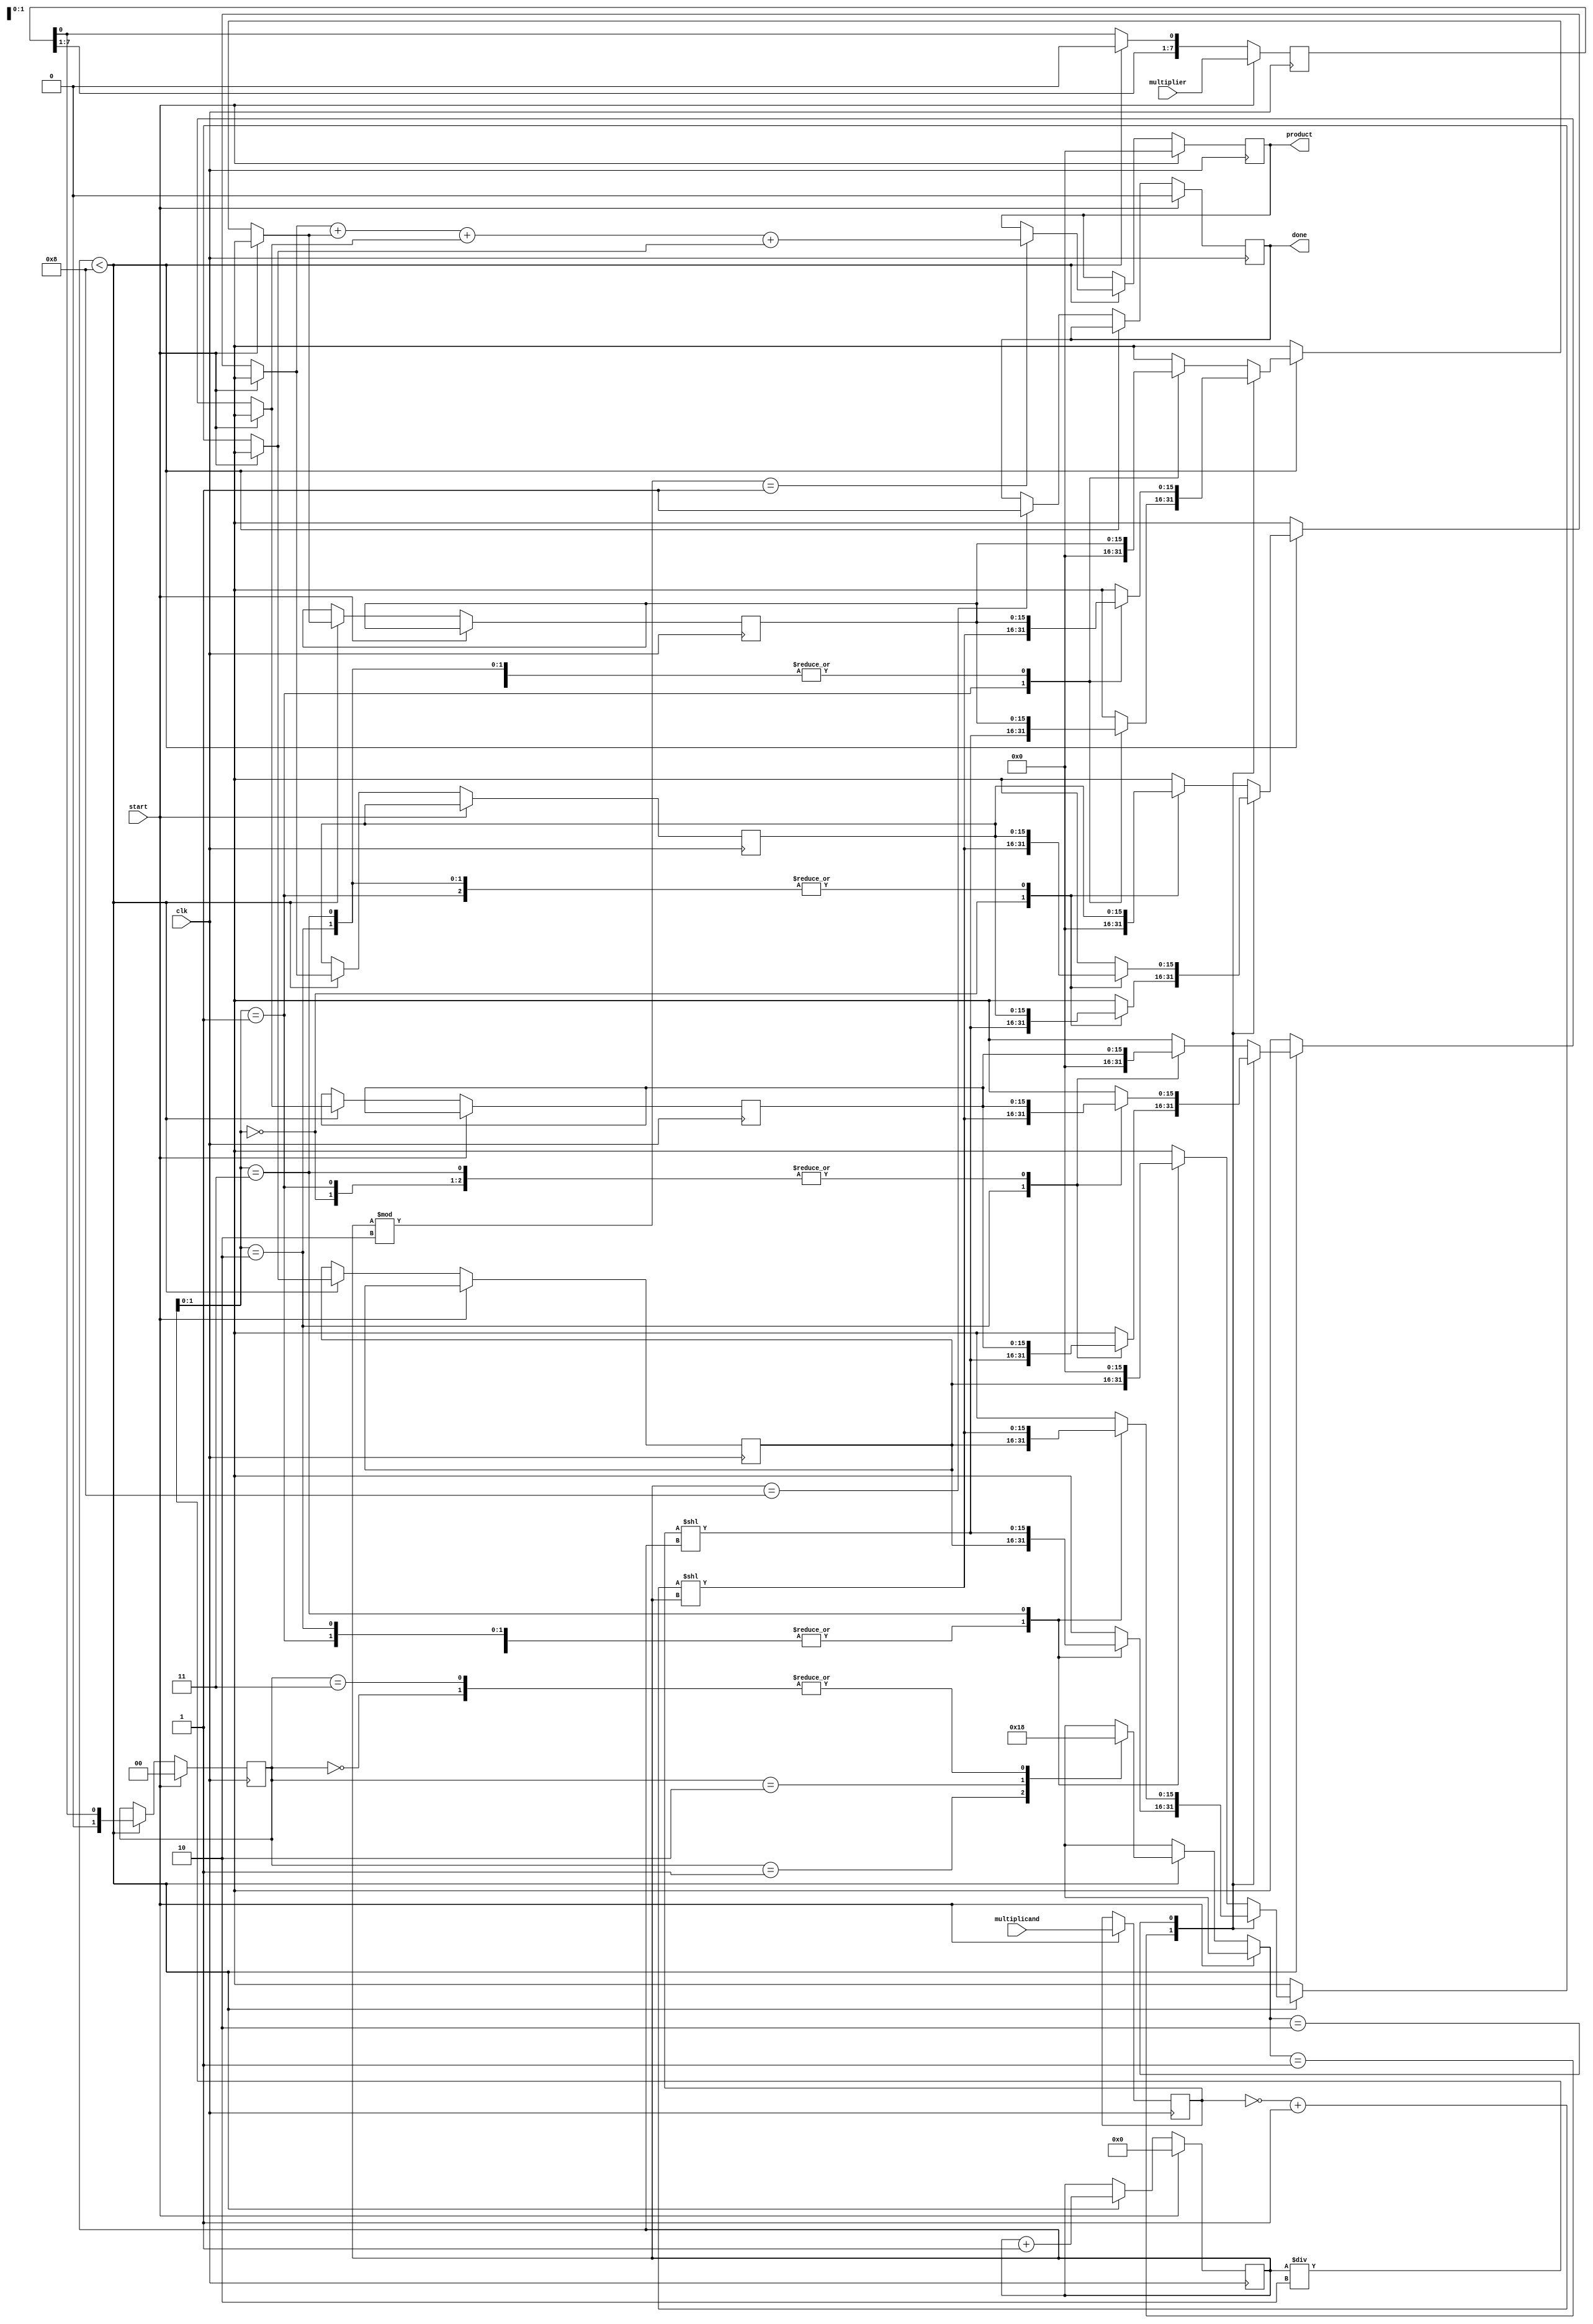
module radix4_multiplier (
    input [7:0] multiplicand, // 8-bit multiplicand
    input [7:0] multiplier,    // 8-bit multiplier
    input clk,
    input start,
    output reg [15:0] product, // 16-bit product
    output reg done
);

    // Internal signals
    reg [7:0] A, Q;           // A is the multiplicand, Q is the multiplier
    reg [3:0] count;          // Count for the number of iterations
    reg [1:0] Q_1;            // Previous bit of Q for Booth encoding
    
    // Partial product register
    reg [15:0] partial_products [0:3]; // At most 4 partial products based on Booth encoding
    reg [15:0] sum;                     // Sum of partial products

    // Booth encoder to generate a control signal
    function [1:0] booth_encode;
        input [1:0] bits;
        begin
            case (bits)
                2'b00: booth_encode = 2'b00; // No operation
                2'b01: booth_encode = 2'b01; // Add multiplicand
                2'b10: booth_encode = 2'b10; // Subtract multiplicand
                2'b11: booth_encode = 2'b00; // No operation
                default: booth_encode = 2'b00;
            endcase
        end
    endfunction

    // State machine for the multiplier operation
    always @(posedge clk) begin
        if (start) begin
            A <= multiplicand;              // Load multiplicand
            Q <= multiplier;                 // Load multiplier
            Q_1 <= 0;                        // Initialize previous bit
            count <= 0;                      // Initialize counter
            product <= 0;                    // Clear product
            done <= 0;                       // Not done
        end else if (count < 8) begin
            // Booth encoding logic
            partial_products[count/2] = 0; // Initialize current partial product
            case (booth_encode({Q[1], Q_1}))
                2'b01: partial_products[count/2] = A << count;  // Multiplicand
                2'b10: partial_products[count/2] = (~A + 1) << count; // -Multiplicand
                default: partial_products[count/2] = 0; // No operation
            endcase

            // Shift right for next set of bits
            Q_1 <= Q[0];
            Q <= {Q[7:1], 1'b0}; // Right shift Q

            if (count % 2 == 1) begin
                sum = partial_products[0] + partial_products[1] + partial_products[2] + partial_products[3];
                product <= sum;
            end
            count <= count + 1;
        end else if (count == 8) begin
            done <= 1; // When done, set done signal
        end
    end
endmodule